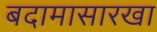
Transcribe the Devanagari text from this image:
बदामासारखा